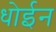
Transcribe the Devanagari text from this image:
धोईन